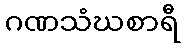
ဂဏသံဃစာရီ